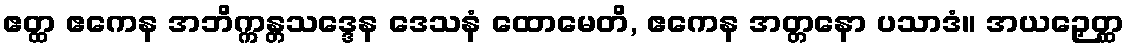
ဧတ္ထ ဧကေန အဘိက္ကန္တသဒ္ဒေန ဒေသနံ ထောမေတိ, ဧကေန အတ္တနော ပသာဒံ။ အယဉှေတ္ထ